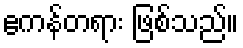
ဧကန်တရား ဖြစ်သည်။